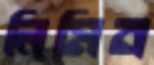
লিমিন